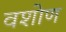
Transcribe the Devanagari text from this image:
वशोण